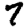
Digit: 7